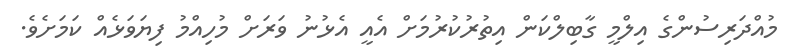
މުއްދަރިސުންގެ އިލްމީ ގާބިލްކަން އިތުރުކުރުމަށް އެއީ އެޅުނު ވަރަށް މުހިއްމު ފިޔަވަޅެއް ކަމަށެވެ.